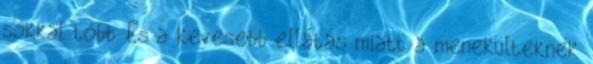
sokkal több. És a kevesebb ellátás miatt a menekülteknek